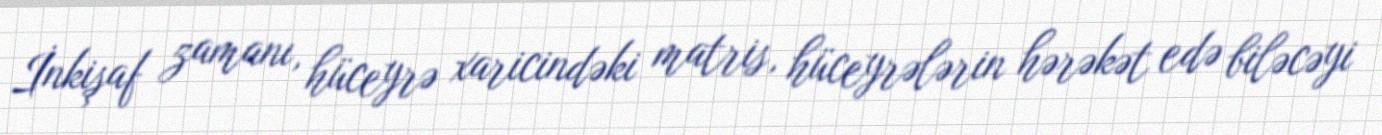
İnkişaf zamanı, hüceyrə xaricindəki matris, hüceyrələrin hərəkət edə biləcəyi